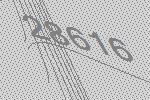
28616